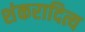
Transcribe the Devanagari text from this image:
शंकरादित्य